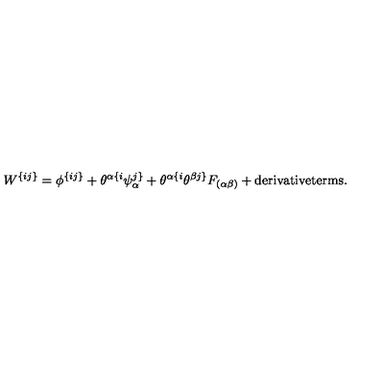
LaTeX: W ^ { \{ i j \} } = \phi ^ { \{ i j \} } + \theta ^ { \alpha \{ i } \psi _ { \alpha } ^ { j \} } + \theta ^ { \alpha \{ i } \theta ^ { \beta j \} } F _ { ( \alpha \beta ) } + \mathrm { \small d e r i v a t i v e t e r m s } .